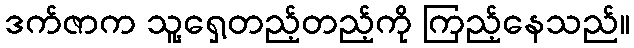
ဒက်ဇာက သူ့ရှေ့တည့်တည့်ကို ကြည့်နေသည်။